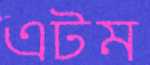
এটম